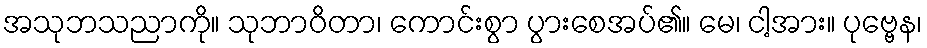
အသုဘသညာကို။ သုဘာဝိတာ၊ ကောင်းစွာ ပွားစေအပ်၏။ မေ၊ ငါ့အား။ ပုဗ္ဗေန၊